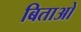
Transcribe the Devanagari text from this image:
बिताओ